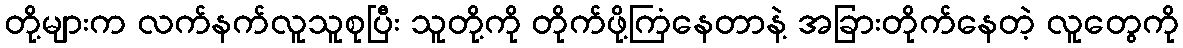
တို့များက လက်နက်လူသူစုပြီး သူတို့ကို တိုက်ဖို့ကြံနေတာနဲ့ အခြားတိုက်နေတဲ့ လူတွေကို